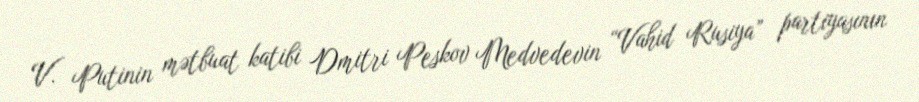
V. Putinin mətbuat katibi Dmitri Peskov Medvedevin “Vahid Rusiya” partiyasının